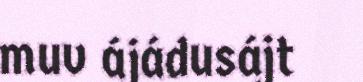
muv ájádusájt